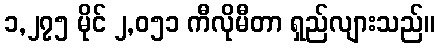
၁,၂၇၅ မိုင် ၂,၀၅၁ ကီလိုမီတာ ရှည်လျားသည်။